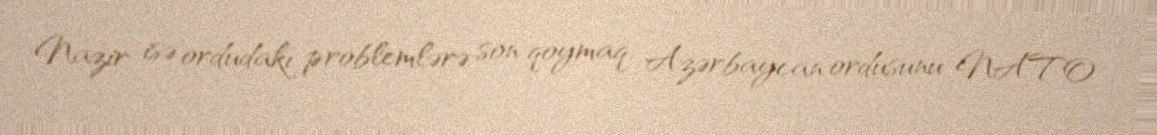
Nazir isə ordudakı problemlərə son qoymaq, Azərbaycan ordusunu NATO